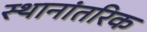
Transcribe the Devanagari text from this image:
स्थानांतरिक